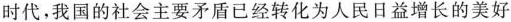
时代，我国的社会主要矛盾已经转化为人民日益增长的美好